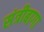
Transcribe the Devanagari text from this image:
संत्रीबागा